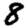
Digit: 8